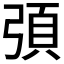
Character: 𭚻